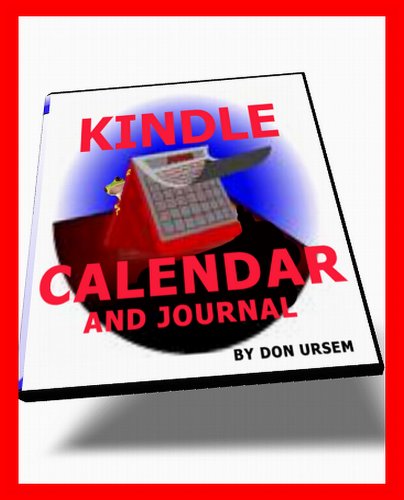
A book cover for Best Kindle 2012 Calendar and Daily Journal (1-3 updated) .. Access Google Calendar Too; Don Ursem; Computers & Technology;